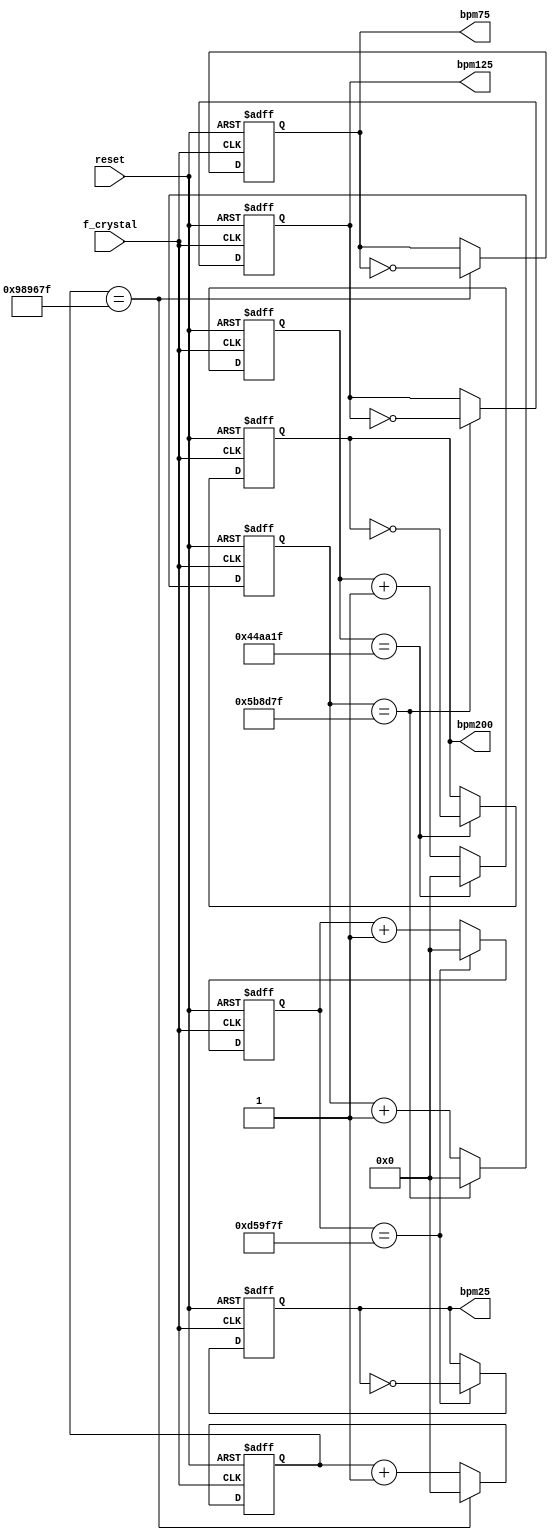
module beat_generator(
    input  f_crystal,                                        
    input reset,  
    output reg bpm75, bpm125, bpm25 ,bpm200
    );
    reg [25:0]q_temp_14M, q_14M;
    reg [25:0]q_temp_10M, q_10M;  
    reg [25:0] q_temp_6M, q_6M;        
    reg [25:0] q_temp_4500K, q_4500K;
 
/********************* bpm200  * 4 * ****************************************************** */ 
    always@(*) begin                                           // combinational circuit
        q_temp_4500K <= q_4500K + 26'd1;
    end 
    
    always@(posedge f_crystal or posedge reset) begin            // sequential circuit
     if (reset) begin
       q_4500K <= 26'd0;
       bpm200 <= 1'b0;
      end
      else if (q_4500K == (4_500_000 - 1)) begin
         q_4500K <= 26'd0;
         bpm200 <= ~bpm200;
       end
      else  begin
         q_4500K <= q_temp_4500K;
          bpm200 <= bpm200;
      end   
  end
    
/********************* bpm75  * 4 * ****************************************************** */ 
    always@(*) begin                                           // combinational circuit
        q_temp_10M <= q_10M + 26'd1;
    end 
    
    always@(posedge f_crystal or posedge reset) begin            // sequential circuit
     if (reset) begin
       q_10M <= 26'd0;
       bpm75 <= 1'b0;
      end
      else if (q_10M == (10_000_000 - 1)) begin
         q_10M <= 26'd0;
         bpm75 <= ~bpm75;
       end
      else  begin
         q_10M <= q_temp_10M;
          bpm75 <= bpm75;
      end   
  end
  
 /* ********************* bpm25  * 4 * ****************************************************** */ 
    always@(*) begin                                           // combinational circuit
        q_temp_14M <= q_14M + 26'd1;
    end 
    
    always@(posedge f_crystal or posedge reset) begin            // sequential circuit
     if (reset) begin
       q_14M <= 26'd0;
       bpm25 <= 1'b0;
      end
      else if (q_14M == (14_000_000 - 1)) begin
         q_14M <= 26'd0;
         bpm25 <= ~bpm25;
       end
      else  begin
         q_14M <= q_temp_14M;
          bpm25 <= bpm25;
      end   
  end
 
/*******************bpm 125 * 4 **************************************************************************/ 
    always@(*) begin
         q_temp_6M <= q_6M + 26'd1;
    end
    
    always@(posedge f_crystal or posedge reset) begin
        if (reset) begin
            q_6M <= 26'd0;
            bpm125 <= 1'b0;
        end
        else if (q_6M == (6_000_000 - 1)) begin
            q_6M <= 26'd0;
            bpm125 <= ~bpm125;
        end
        else begin
            q_6M <= q_temp_6M;
            bpm125 <= bpm125;
        end
    end
endmodule